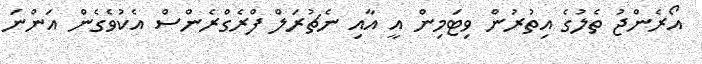
އޯރެންޖު ތެލުގެ އިތުރުން ވިޓަމިން އީ އާއި ނެޗުރަލް ފްރެގްރެންސް އެކުވެގެން އަންނަ